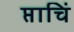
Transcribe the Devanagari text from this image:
प्ताचिं